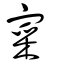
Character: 宷